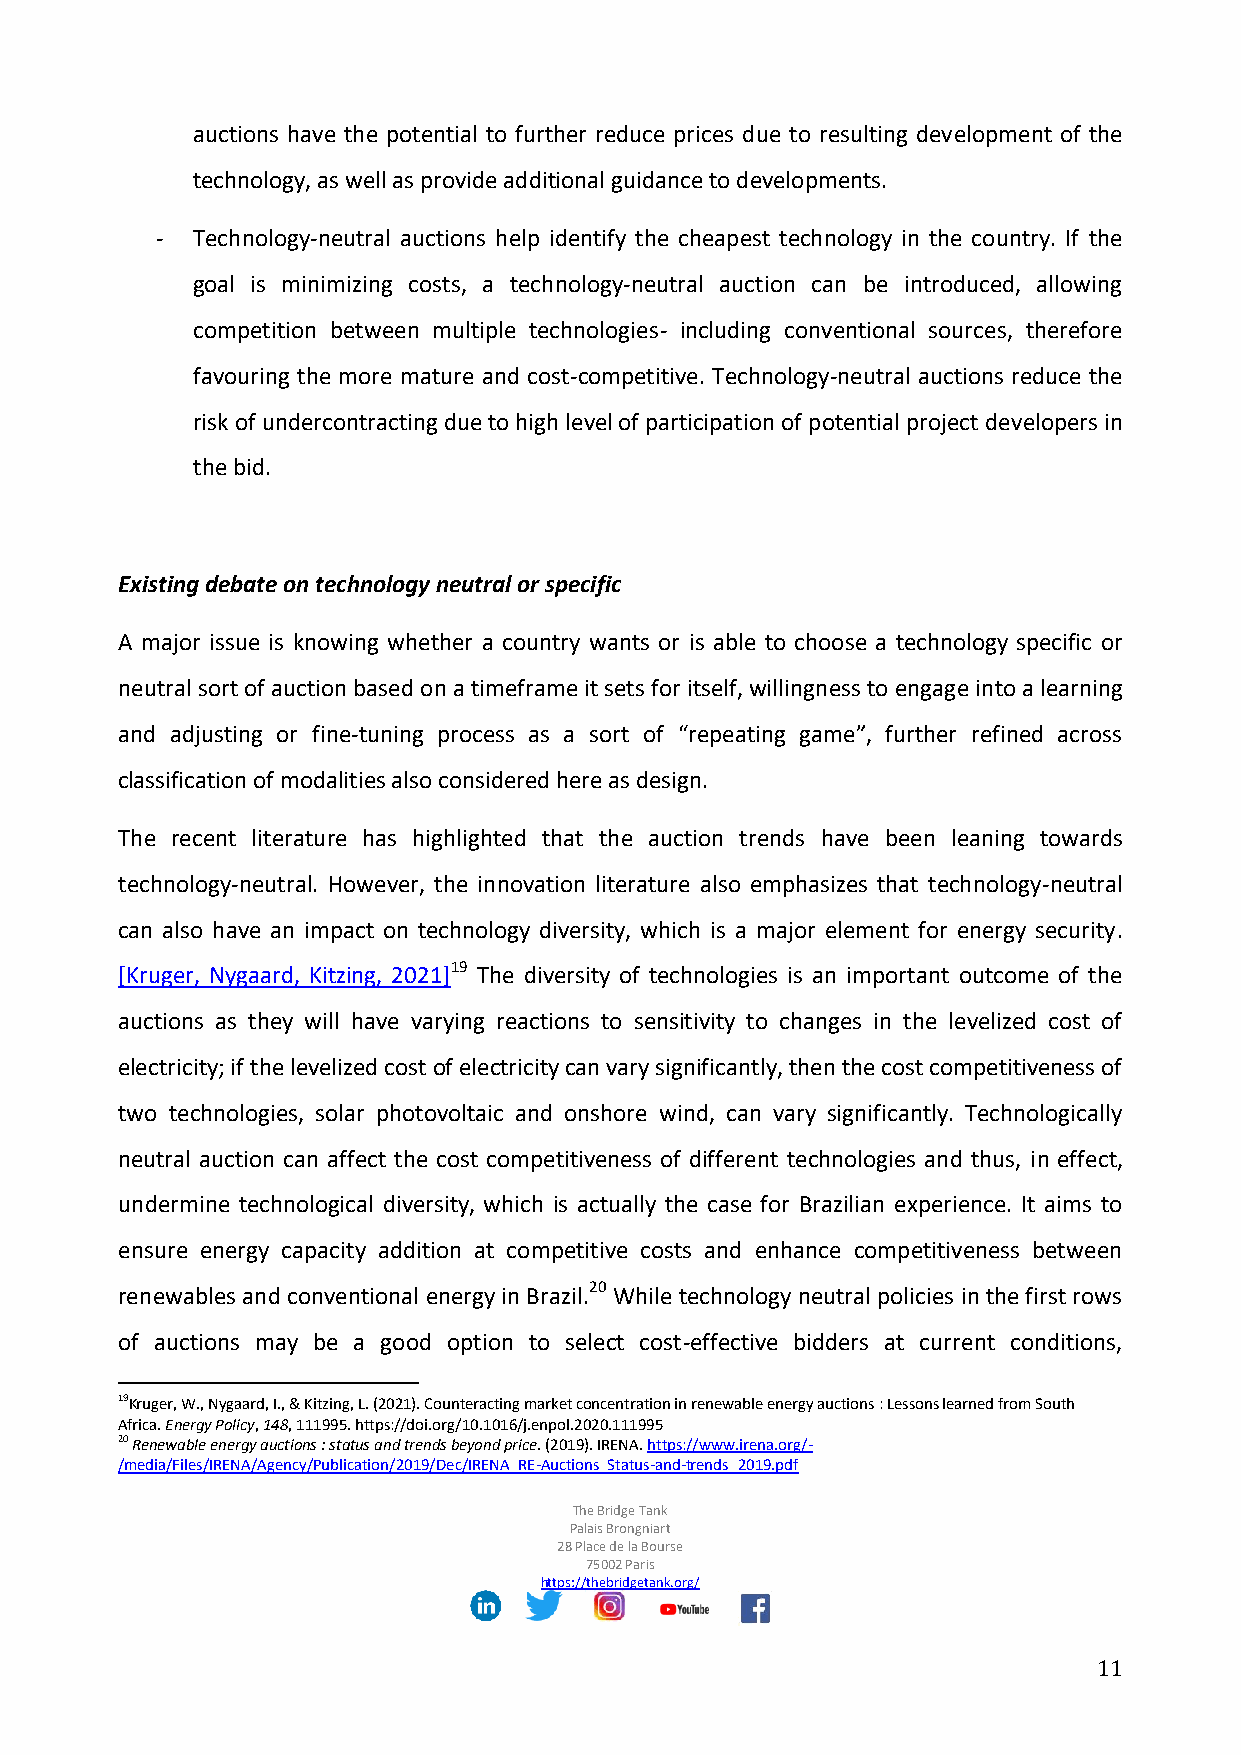
auctions have the potential to further reduce prices due to resulting development of the
 technology, as well as provide additional guidance to developments.
 -  Technology-neutral auctions help identify the cheapest technology in the country. If the
 goal is minimizing costs, a technology-neutral auction can be introduced, allowing
 competition between multiple technologies- including conventional sources, therefore
 favouring the more mature and cost-competitive. Technology-neutral auctions reduce the
 risk of undercontracting due to high level of participation of potential project developers in
 the bid.
 Existing debate on technology neutral or specific
 A major issue is knowing whether a country wants or is able to choose a technology specific or
 neutral sort of auction based on a timeframe it sets for itself, willingness to engage into a learning
 and adjusting or fine-tuning process as a sort of “repeating game”, further refined across
 classification of modalities also considered here as design.
 The recent literature has highlighted that the auction trends have been leaning towards
 technology-neutral. However, the innovation literature also emphasizes that technology-neutral
 can also have an impact on technology diversity, which is a major element for energy security.
 [Kruger, Nygaard, Kitzing, 2021]19 The diversity of technologies is an important outcome of the
 auctions as they will have varying reactions to sensitivity to changes in the levelized cost of
 electricity; if the levelized cost of electricity can vary significantly, then the cost competitiveness of
 two technologies, solar photovoltaic and onshore wind, can vary significantly. Technologically
 neutral auction can affect the cost competitiveness of different technologies and thus, in effect,
 undermine technological diversity, which is actually the case for Brazilian experience. It aims to
 ensure energy capacity addition at competitive costs and enhance competitiveness between
 renewables and conventional energy in Brazil.20 While technology neutral policies in the first rows
 of auctions may be a good option to select cost-effective bidders at current conditions,
 19Kruger, W., Nygaard, I., & Kitzing, L. (2021). Counteracting market concentration in renewable energy auctions : Lessons learned from South
 Africa. Energy Policy, 148, 111995. https://doi.org/10.1016/j.enpol.2020.111995
 20 Renewable energy auctions : status and trends beyond price. (2019). IRENA. https://www.irena.org/-
 /media/Files/IRENA/Agency/Publication/2019/Dec/IRENA_RE-Auctions_Status-and-trends_2019.pdf
 The Bridge Tank
 Palais Brongniart
 28 Place de la Bourse
 75002 Paris
 https://thebridgetank.org/
 11